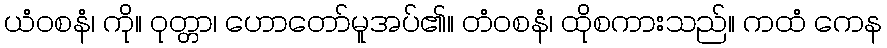
ယံဝစနံ၊ ကို။ ဝုတ္တာ၊ ဟောတော်မူအပ်၏။ တံဝစနံ၊ ထိုစကားသည်။ ကထံ ကေန